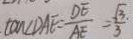
\tan \angle D A E = \frac { D E } { A E } = \frac { \sqrt { 3 . } } { 3 }